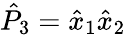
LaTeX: \hat{P}_{3}=\hat{x}_{1}\hat{x}_{2}